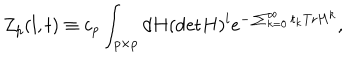
LaTeX: Z _ { p } ( l , t ) \equiv c _ { p } \int _ { p \times p } d H ( \mathrm { d e t } H ) ^ { l } e ^ { - \sum _ { k = 0 } ^ { \infty } t _ { k } \mathrm { T r } H ^ { k } } ,